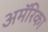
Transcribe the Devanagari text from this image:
अमॅरिका